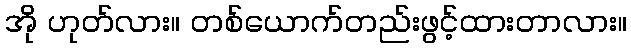
အို ဟုတ်လား။ တစ်ယောက်တည်းဖွင့်ထားတာလား။